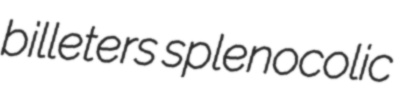
billeters splenocolic